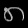
Digit: ၈